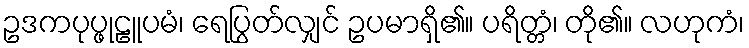
ဥဒကပုပ္ဖုဠူပမံ၊ ရေပြွတ်လျှင် ဥပမာရှိ၏။ ပရိတ္တံ၊ တို၏။ လဟုကံ၊